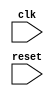
module spi_bus_controller (
    input wire clk,          // Clock signal
    input wire reset,        // Reset signal
    
    // Add input and output ports as needed
    
    // Modules for generating clock signals
    
    // Modules for controlling timing of data transfers
    
    // Modules for managing flow of data between devices
    
    // Modules for synchronizing communication between master and slave devices
    
    // Buffers and registers to store and manipulate data
    
    // Logic for handling selection of slave devices
    
    // Logic for managing data transfer rate
    
    // Logic for error detection and correction
);

// Implement the functionality of the SPI bus controller

endmodule